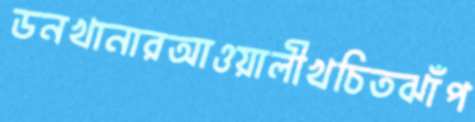
ডনখানারআওয়ালীখচিতঝাঁপ